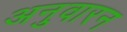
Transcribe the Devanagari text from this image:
अनुवारन